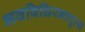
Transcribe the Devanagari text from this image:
भवविधिरनादृत्य